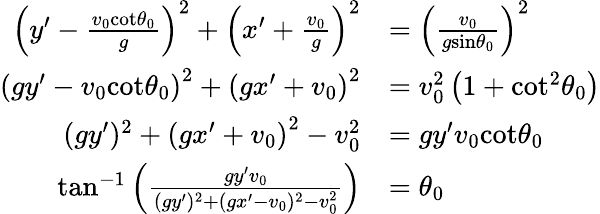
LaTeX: \begin{array}{rl}{\left(y^{\prime}-\frac{v_{0}\textrm{cot}\theta_{0}}{g}\right)^{2}+\left(x^{\prime}+\frac{v_{0}}{g}\right)^{2}}&{=\left(\frac{v_{0}}{g\textrm{sin}\theta_{0}}\right)^{2}}\\ {\left(gy^{\prime}-v_{0}\textrm{cot}\theta_{0}\right)^{2}+\left(gx^{\prime}+v_{0}\right)^{2}}&{=v_{0}^{2}\left(1+\textrm{cot}^{2}\theta_{0}\right)}\\ {(gy^{\prime})^{2}+\left(gx^{\prime}+v_{0}\right)^{2}-v_{0}^{2}}&{=gy^{\prime}v_{0}\textrm{cot}\theta_{0}}\\ {\textrm{tan}^{-1}\left(\frac{gy^{\prime}v_{0}}{(gy^{\prime})^{2}+(gx^{\prime}-v_{0})^{2}-v_{0}^{2}}\right)}&{=\theta_{0}}\end{array}